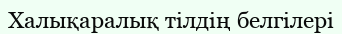
Халықаралық тілдің белгілері